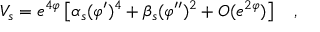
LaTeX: V _ { s } = e ^ { 4 \varphi } \left[ \alpha _ { s } ( \varphi ^ { \prime } ) ^ { 4 } + \beta _ { s } ( \varphi ^ { \prime \prime } ) ^ { 2 } + O ( e ^ { 2 \varphi } ) \right] ~ ~ ~ ,